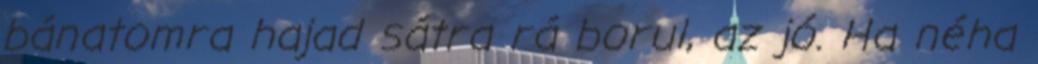
bánatomra hajad sátra rá borul, az jó. Ha néha